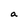
Character: a